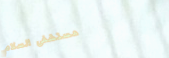
مستشفى السلام